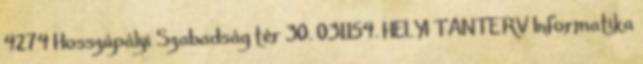
4274 Hosszúpályi Szabadság tér 30. 031154. HELYI TANTERV Informatika